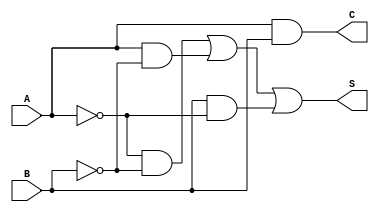
module current_mode_half_adder (
    input wire A, // Input A (current source)
    input wire B, // Input B (current source)
    output wire S, // Sum output (current mode)
    output wire C  // Carry output (current mode)
);
    
    // Internal signals representing the current levels
    wire sum_current;
    wire carry_current;

    // Logic for sum output
    // Sum S is low when both inputs are high (1)
    assign S = (~A & ~B) | (A & ~B) | (B & ~A); // S = A XOR B

    // Logic for carry output
    // Carry C is high only when both inputs are high (1)
    assign C = A & B; // C = A AND B

endmodule